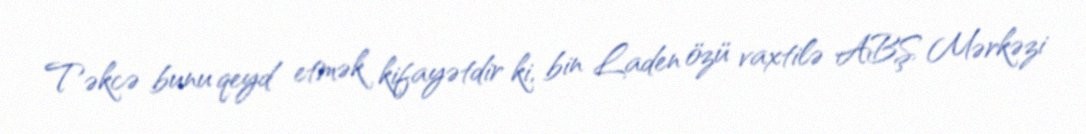
Təkcə bunu qeyd etmək kifayətdir ki, bin Laden özü vaxtilə ABŞ Mərkəzi